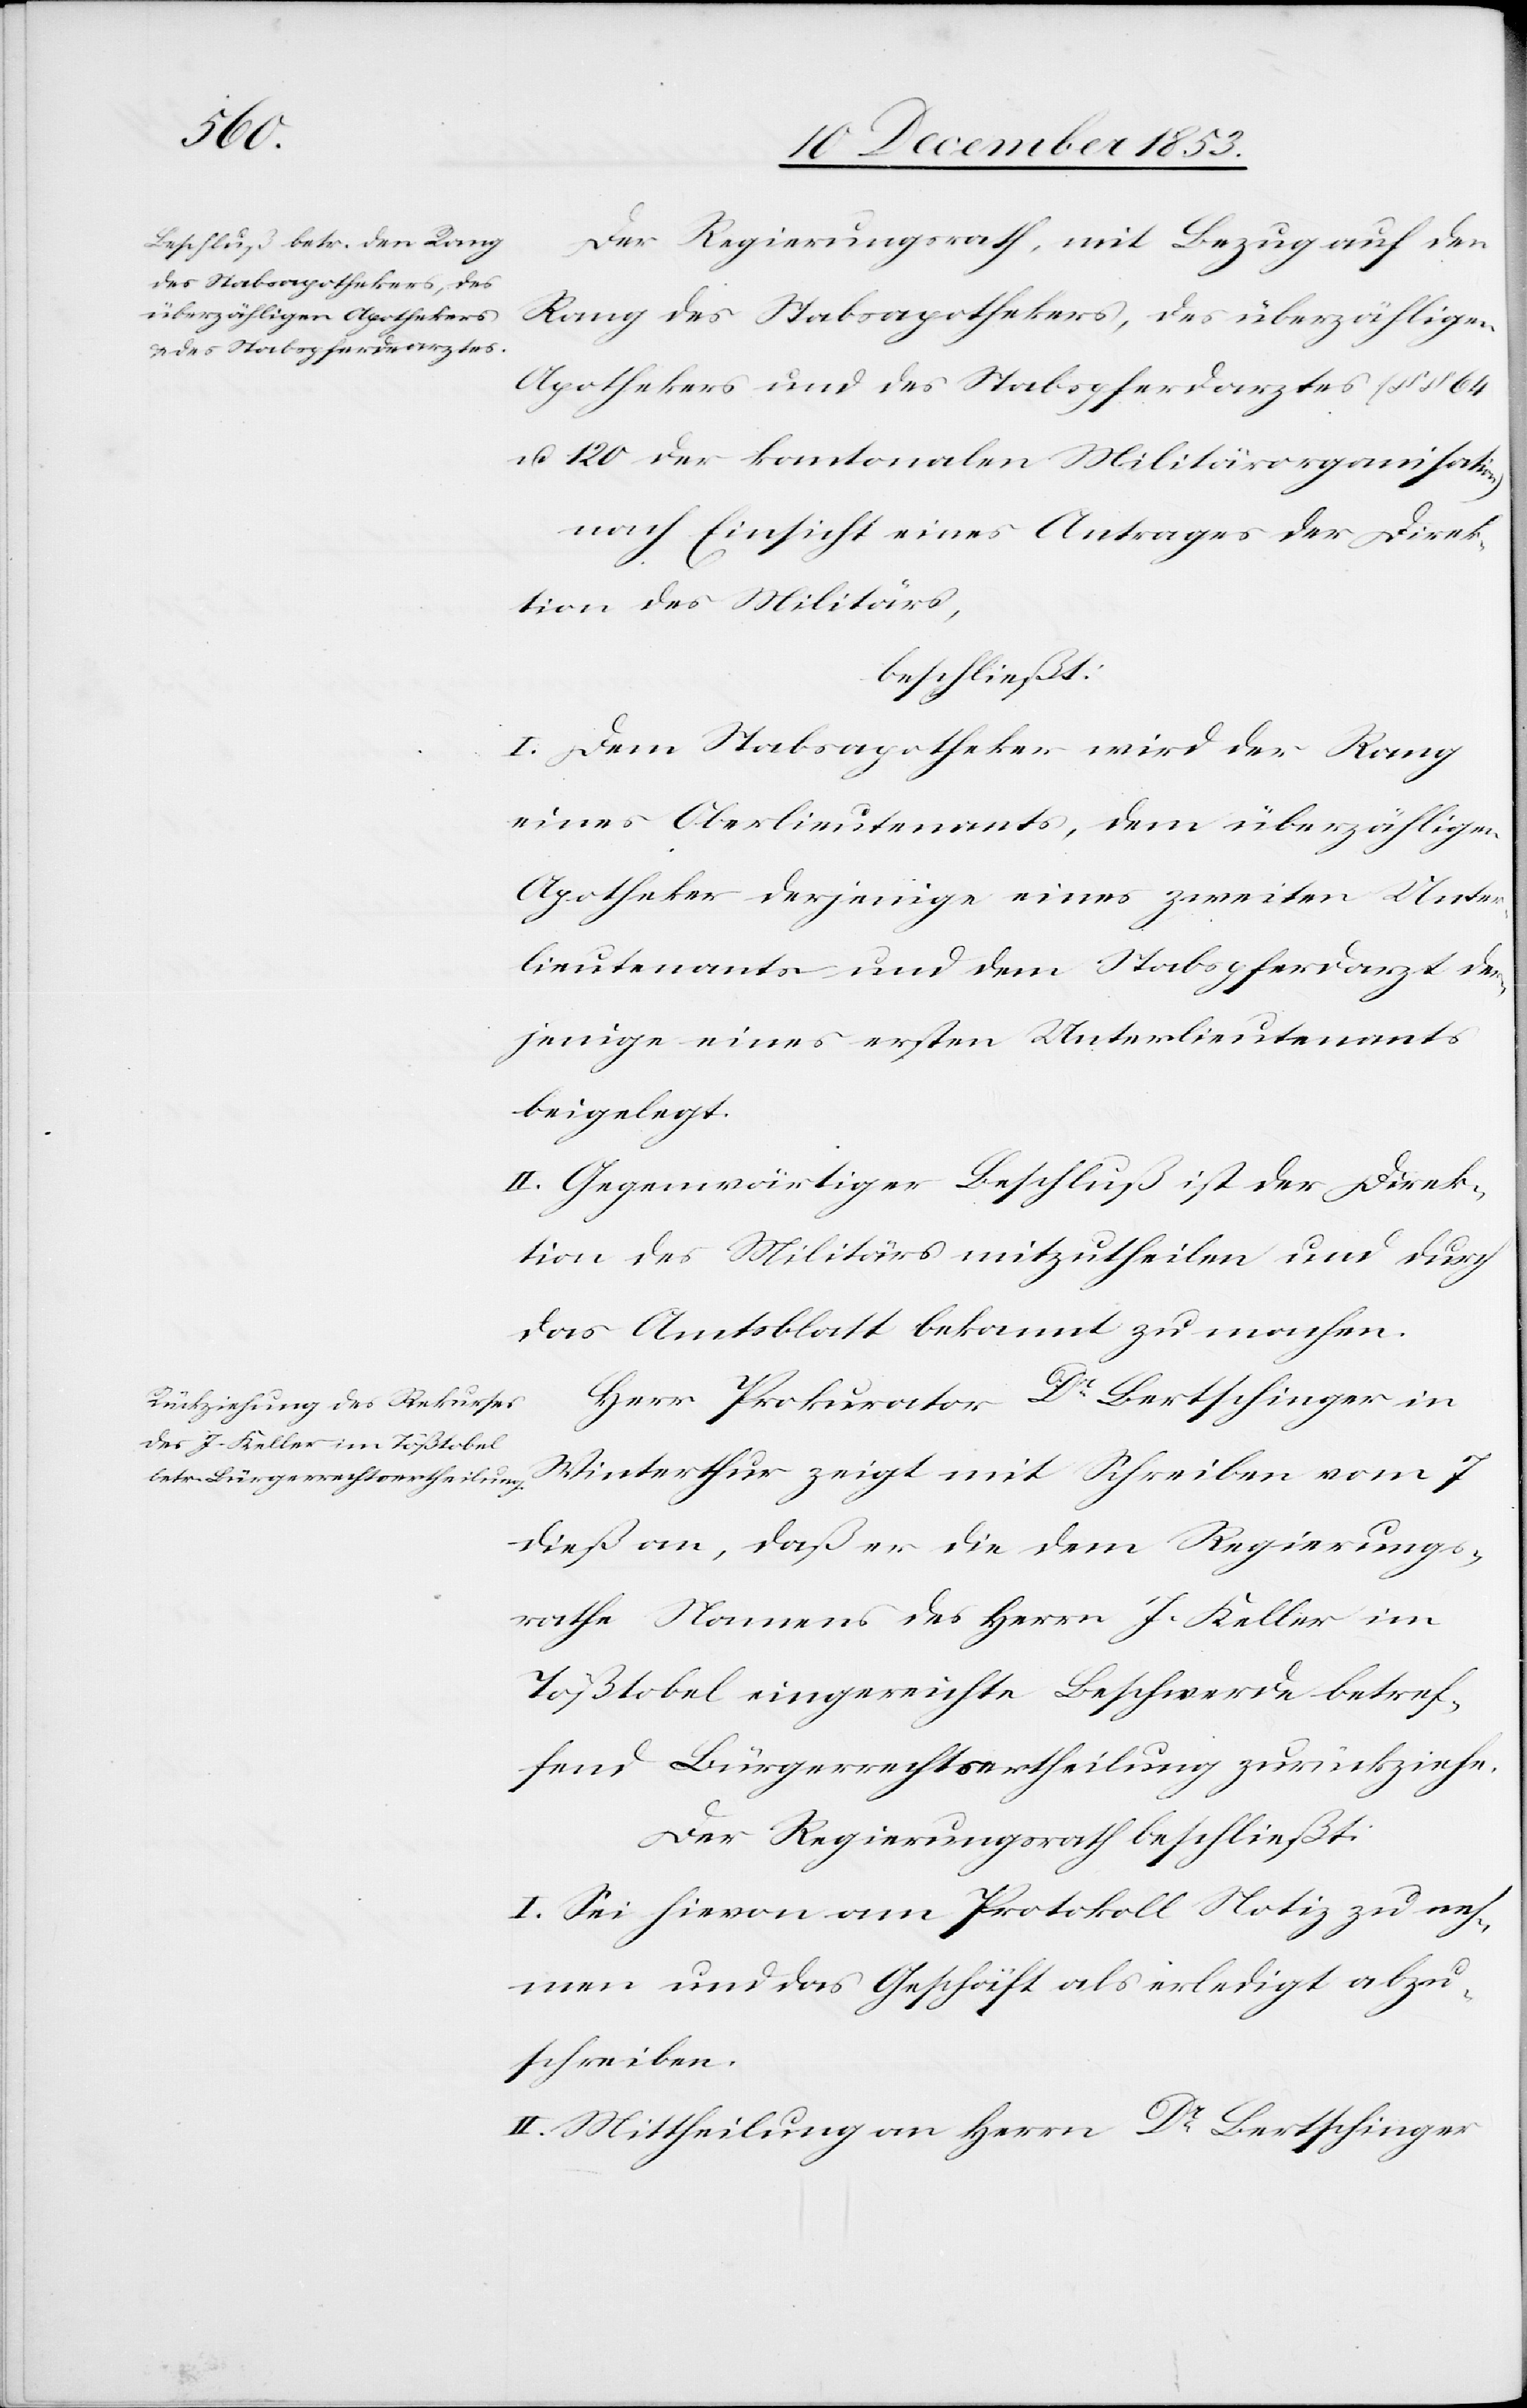
Der Regierungsrath, mit Bezug auf den
Rang des Stabsapothekers, des überzähligen
Apothekers und des Stabspferdearztes (§§ 64
u. 120 der kantonalen Militärorganisation)
nach Einsicht eines Antrages der Direk¬
tion des Militärs,
beschließt:
I. Dem Stabsapotheker wird der Rang
eines Oberlieutnants, dem überzähligen
Apotheker derjenige eines zweiten Unter¬
lieutnants und dem Stabspferdarzt der¬
jenige eines ersten Unterlieutnants
beigelegt.
II. Gegenwärtiger Beschluß ist der Direk¬
tion des Militärs mitzutheilen und durch
das Amtsblatt bekannt zu machen.
Herr Prokurator Dr Bertschinger in
Winterthur zeigt mit Schreiben vom 7
dieß an, daß er die dem Regierungs¬
rathe Namens des Herrn J. Keller im
Tößtobel eingereichte Beschwerde betref¬
fend Bürgerrechtsertheilung zurückziehe.
Der Regierungsrath beschließt:
I. Sei hievon am Protokoll Notiz zu neh¬
men und das Geschäft als erledigt abzu¬
schreiben.
II. Mittheilung an Herrn Dr Bertschinger